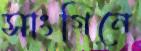
সাংগিনে